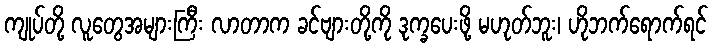
ကျုပ်တို့ လူတွေအများကြီး လာတာက ခင်ဗျားတို့ကို ဒုက္ခပေးဖို့ မဟုတ်ဘူး၊ ဟိုဘက်ရောက်ရင်